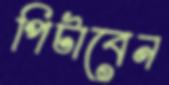
পিটাবেন